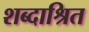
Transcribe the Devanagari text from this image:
शब्दाश्रित